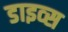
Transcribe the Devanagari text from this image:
डाइव्स